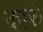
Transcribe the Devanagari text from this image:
कारूं